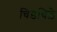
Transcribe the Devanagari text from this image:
चिडचिड़े